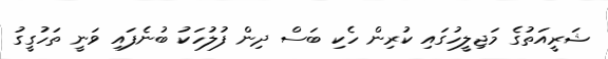
ޝަރީއަތުގެ މަޖިލީހުގައި ކުރިން ހެކި ބަސް ދިން ފުލުހަކު ބުނެފައި ވަނީ ތަހުގީގު